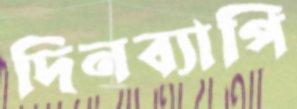
দিনব্যাপি